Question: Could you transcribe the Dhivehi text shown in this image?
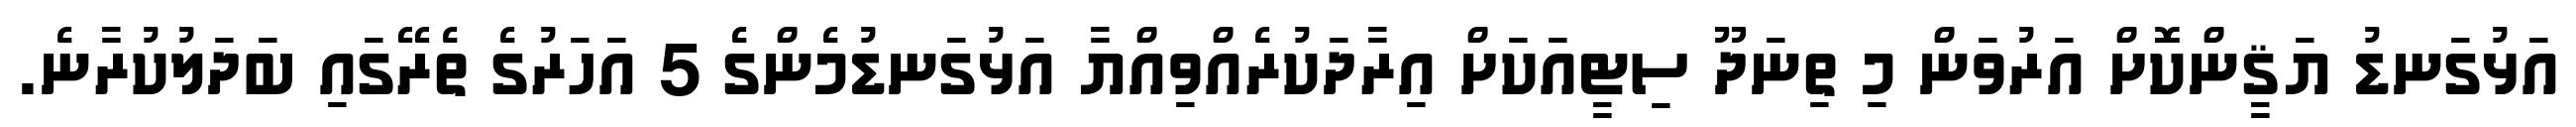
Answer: އަޅުގަނޑު ޔަޤީންކޮށް އަރުވަން މި ތިނަދޫ ސިޓީއަކަށް އިރާދަކުރެއްވިއްޔާ އަޅުގަނޑުމެންގެ 5 އަހަރުގެ ތެރޭގައި ބަދަލުކުރާނެ.